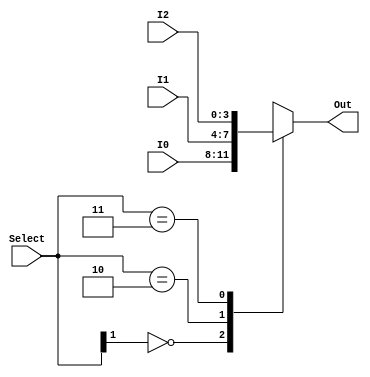
module Mux_3to1_4bit (I0, I1, I2, Select, Out);

  // ports
  input wire [3:0] I0;
  input wire [3:0] I1;
  input wire [3:0] I2;
  input wire [1:0] Select;
  output reg [3:0] Out;
  
  // internal
  reg error;
  
  always @(I0,I1, I2, Select) begin
    casex (Select)
      2'b0x: begin
        Out = I0;
        error = 0;
      end
      2'b10: begin
        Out = I1;
        error = 0;
      end
      2'b11: begin
        Out = I2;
        error = 0;
      end
      default: error=1; // Default case 
    endcase
  end

endmodule